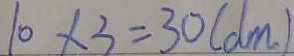
1 0 \times 3 = 3 0 ( d m )